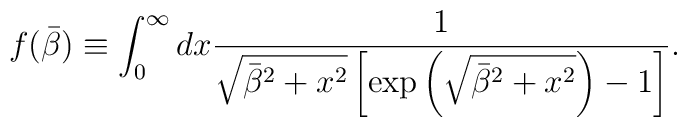
f(\bar{\beta}) \equiv \int^{\infty}_0 dx \frac{1}{\sqrt{\bar{\beta}^2 + x^2} \left[\exp\left(\sqrt{\bar{\beta}^2 + x^2} \right) - 1\right]}.